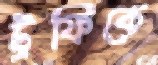
ট্রফিকে